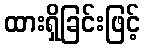
ထားရှိခြင်းဖြင့်